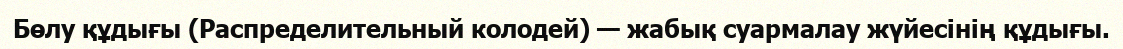
Бөлу құдығы (Распределительный колодей) — жабық суармалау жүйесінің құдығы.